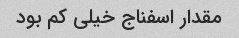
مقدار اسفناج خیلی کم بود